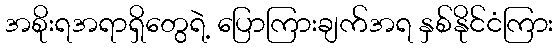
အစိုးရအရာရှိတွေရဲ့ ပြောကြားချက်အရ နှစ်နိုင်ငံကြား